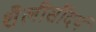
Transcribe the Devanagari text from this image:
शैलीसौंदर्य